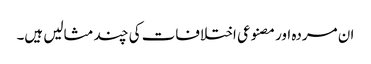
ان مردہ اور مصنوعی اختلافات کی چند مثالیں ہیں۔